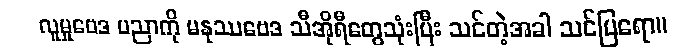
လူမှုဗေဒ ပညာကို မနုဿဗေဒ သီအိုရီတွေသုံးပြီး သင်တဲ့အခါ သင်ပြရော။